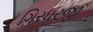
ગિરધરજી